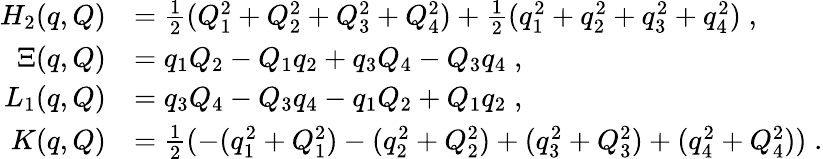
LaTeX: \begin{array}{rl}{{H}_{2}(q,Q)}&{=\frac{1}{2}(Q_{1}^{2}+Q_{2}^{2}+Q_{3}^{2}+Q_{4}^{2})+\frac{1}{2}(q_{1}^{2}+q_{2}^{2}+q_{3}^{2}+q_{4}^{2})\; ,}\\ {\Xi(q,Q)}&{=q_{1}Q_{2}-Q_{1}q_{2}+q_{3}Q_{4}-Q_{3}q_{4}\; ,}\\ {L_{1}(q,Q)}&{=q_{3}Q_{4}-Q_{3}q_{4}-q_{1}Q_{2}+Q_{1}q_{2}\; ,}\\ {K(q,Q)}&{=\frac{1}{2}(-(q_{1}^{2}+Q_{1}^{2})-(q_{2}^{2}+Q_{2}^{2})+(q_{3}^{2}+Q_{3}^{2})+(q_{4}^{2}+Q_{4}^{2}))\; .}\end{array}